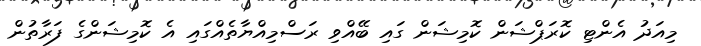
މިއަދު އެންޓި ކޮރަޕްޝަން ކޮމިޝަން ގައި ބޭއްވި ރަސްމިއްޔާތެއްގައި އެ ކޮމިޝަންގެ ފަރާތުން